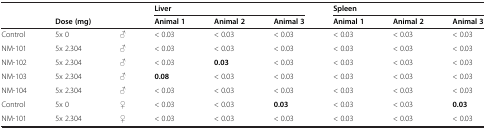
<table><thead><tr><td><b> </b></td><td><b> </b></td><td><b> </b></td><td colspan="3"><b>Liver</b></td><td colspan="3"><b>Spleen</b></td></tr><tr><td><b> </b></td><td><b>Dose (mg)</b></td><td><b> </b></td><td><b>Animal 1</b></td><td><b>Animal 2</b></td><td><b>Animal 3</b></td><td><b>Animal 1</b></td><td><b>Animal 2</b></td><td><b>Animal 3</b></td></tr></thead><tbody><tr><td>Control</td><td>5x 0</td><td>♂</td><td>&lt; 0.03</td><td>&lt; 0.03</td><td>&lt; 0.03</td><td>&lt; 0.03</td><td>&lt; 0.03</td><td>&lt; 0.03</td></tr><tr><td>NM-101</td><td>5x 2.304</td><td>♂</td><td>&lt; 0.03</td><td>&lt; 0.03</td><td>&lt; 0.03</td><td>&lt; 0.03</td><td>&lt; 0.03</td><td>&lt; 0.03</td></tr><tr><td>NM-102</td><td>5x 2.304</td><td>♂</td><td>&lt; 0.03</td><td><b>0.03</b></td><td>&lt; 0.03</td><td>&lt; 0.03</td><td>&lt; 0.03</td><td>&lt; 0.03</td></tr><tr><td>NM-103</td><td>5x 2.304</td><td>♂</td><td><b>0.08</b></td><td>&lt; 0.03</td><td>&lt; 0.03</td><td>&lt; 0.03</td><td>&lt; 0.03</td><td>&lt; 0.03</td></tr><tr><td>NM-104</td><td>5x 2.304</td><td>♂</td><td>&lt; 0.03</td><td>&lt; 0.03</td><td>&lt; 0.03</td><td>&lt; 0.03</td><td>&lt; 0.03</td><td>&lt; 0.03</td></tr><tr><td>Control</td><td>5x 0</td><td>♀</td><td>&lt; 0.03</td><td>&lt; 0.03</td><td><b>0.03</b></td><td>&lt; 0.03</td><td>&lt; 0.03</td><td><b>0.03</b></td></tr><tr><td>NM-101</td><td>5x 2.304</td><td>♀</td><td>&lt; 0.03</td><td>&lt; 0.03</td><td>&lt; 0.03</td><td>&lt; 0.03</td><td>&lt; 0.03</td><td>&lt; 0.03</td></tr></tbody></table>